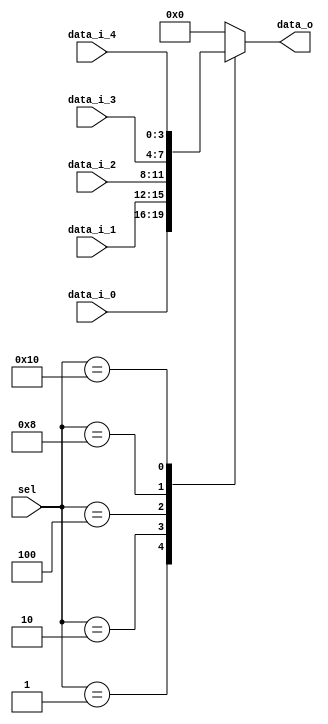
/****************************************************************************
 *   Copyright (c) 2023 Wenxu Cao
 *  
 *   Institution:      UESTC
 *   Version:          1.0
 *   Description:      This is a basic 5-way multiplexor
 *
*****************************************************************************/

module mux_5 #(
    parameter       DATA_WIDTH = 4
)(
    input       wire        [4:0]                   sel,

    input       wire        [DATA_WIDTH-1 : 0]      data_i_0,       
    input       wire        [DATA_WIDTH-1 : 0]      data_i_1,       
    input       wire        [DATA_WIDTH-1 : 0]      data_i_2,       
    input       wire        [DATA_WIDTH-1 : 0]      data_i_3,       
    input       wire        [DATA_WIDTH-1 : 0]      data_i_4, 

    output      wire        [DATA_WIDTH-1 : 0]      data_o      
);

reg [DATA_WIDTH-1 : 0] _data_o;

always@(*) begin
    case(sel)
        5'b00001:       _data_o = data_i_0;
        5'b00010:       _data_o = data_i_1;
        5'b00100:       _data_o = data_i_2;
        5'b01000:       _data_o = data_i_3;
        5'b10000:       _data_o = data_i_4;
        default:        _data_o = 0;
    endcase
end

assign data_o = _data_o;

endmodule